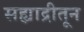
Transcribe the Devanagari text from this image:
सह्याद्रीतून